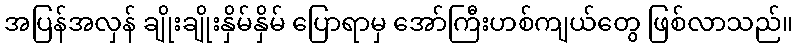
အပြန်အလှန် ချိုးချိုးနှိမ်နှိမ် ပြောရာမှ အော်ကြီးဟစ်ကျယ်တွေ ဖြစ်လာသည်။